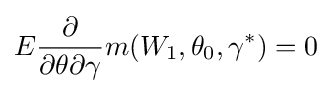
E{\frac {\partial }{\partial \theta \partial \gamma }}m(W_{1},\theta _{0},\gamma ^{*})=0